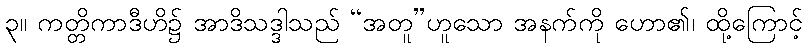
၃။ ကတ္တိကာဒီဟိ၌ အာဒိသဒ္ဒါသည် “အတူ”ဟူသော အနက်ကို ဟော၏၊ ထို့ကြောင့်